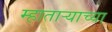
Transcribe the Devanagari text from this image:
म्हाताऱ्याच्या